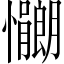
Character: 𫻠